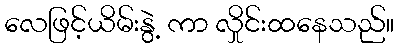
လေဖြင့်ယိမ်းနွဲ့ ကာ လှိုင်းထနေသည်။